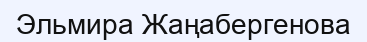
Эльмира Жаңабергенова